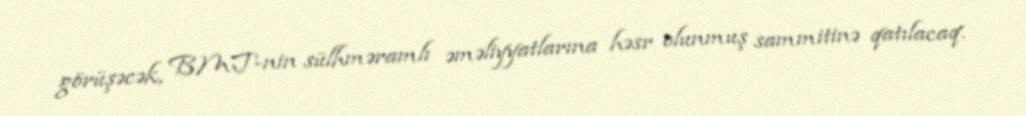
görüşəcək, BMT-nin sülhməramlı əməliyyatlarına həsr olunmuş sammitinə qatılacaq.